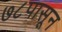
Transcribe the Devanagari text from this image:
७८पासून